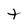
Character: t